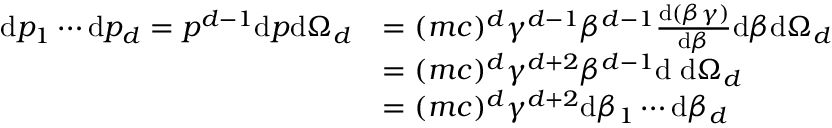
{ \begin{array} { r l } { \mathrm { d } p _ { 1 } \cdots \mathrm { d } p _ { d } = p ^ { d - 1 } \mathrm { d } p \mathrm { d } \Omega _ { d } } & { = ( m c ) ^ { d } \gamma ^ { d - 1 } \beta ^ { d - 1 } { \frac { \mathrm { d } ( \beta \gamma ) } { \mathrm { d } \beta } } \mathrm { d } \beta \mathrm { d } \Omega _ { d } } \\ & { = ( m c ) ^ { d } \gamma ^ { d + 2 } \beta ^ { d - 1 } { \mathrm { d β d } } \Omega _ { d } } \\ & { = ( m c ) ^ { d } \gamma ^ { d + 2 } \mathrm { d } \beta _ { 1 } \cdots \mathrm { d } \beta _ { d } } \end{array} }